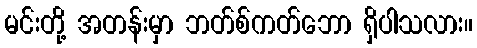
မင်းတို့ အတန်းမှာ ဘတ်စ်ကတ်ဘော ရှိပါသလား။